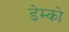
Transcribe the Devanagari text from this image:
डेम्को